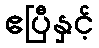
ဧပြီနှင့်